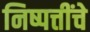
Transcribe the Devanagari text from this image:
निष्पत्तींचे